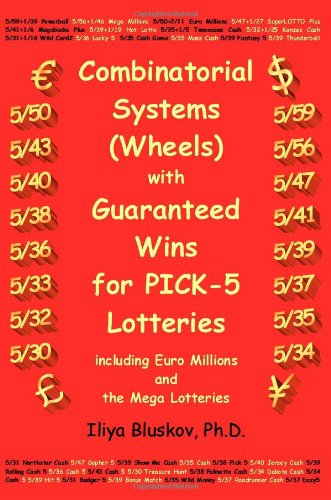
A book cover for Combinatorial systems (wheels) with guaranteed wins for pick-5 lotteries including Euromillions and the Mega lotteries; Iliya Bluskov; Humor & Entertainment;